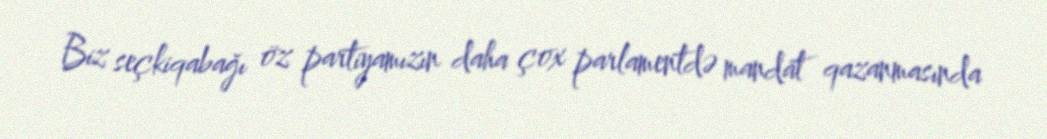
Biz seçkiqabağı öz partiyamızın daha çox parlamentdə mandat qazanmasında